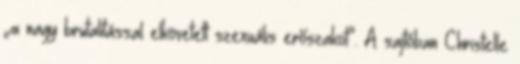
„a nagy brutalitással elkövetett szexuális erőszakot”. A sajtóban Christelle